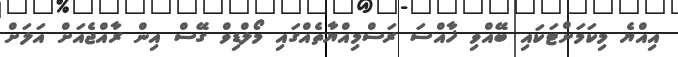
އިއްޔެ މިކަމަށްޓަކައި ބޭއްވި ޚާއްސަ ރަސްމިއްޔާތެއްގައި މޯލްޑިވް ގޭސް އިން ރާއްޖެއަށް އަލަށް